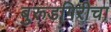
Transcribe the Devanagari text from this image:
बुरूडगिरीचा